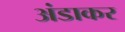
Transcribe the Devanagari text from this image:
अंडाकर